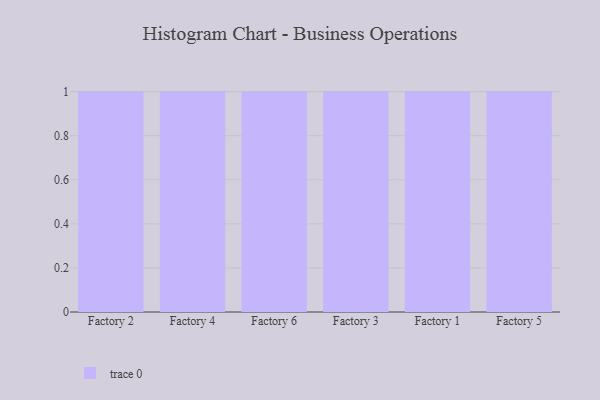
{"axis": {"x": "Factory", "y": "Backlog"}, "legend": [""], "data": [{"x": "Factory 2", "y": 25, "type": ""}, {"x": "Factory 4", "y": 11, "type": ""}, {"x": "Factory 6", "y": 88, "type": ""}, {"x": "Factory 3", "y": 23, "type": ""}, {"x": "Factory 1", "y": 26, "type": ""}, {"x": "Factory 5", "y": 78, "type": ""}]}